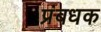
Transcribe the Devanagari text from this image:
प्रंबधक